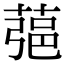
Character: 𦶁